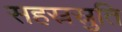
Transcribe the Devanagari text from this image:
सहस्रस्रुति